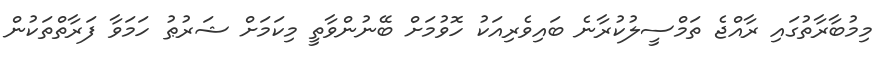
މިމުބާރާތުގައި ރާއްޖެ ތަމްސީލުކުރާނެ ބައިވެރިއަކު ހޮވުމަށް ބޭނުންވާތީ މިކަމަށް ޝަރުޠު ހަމަވާ ފަރާތްތަކުން